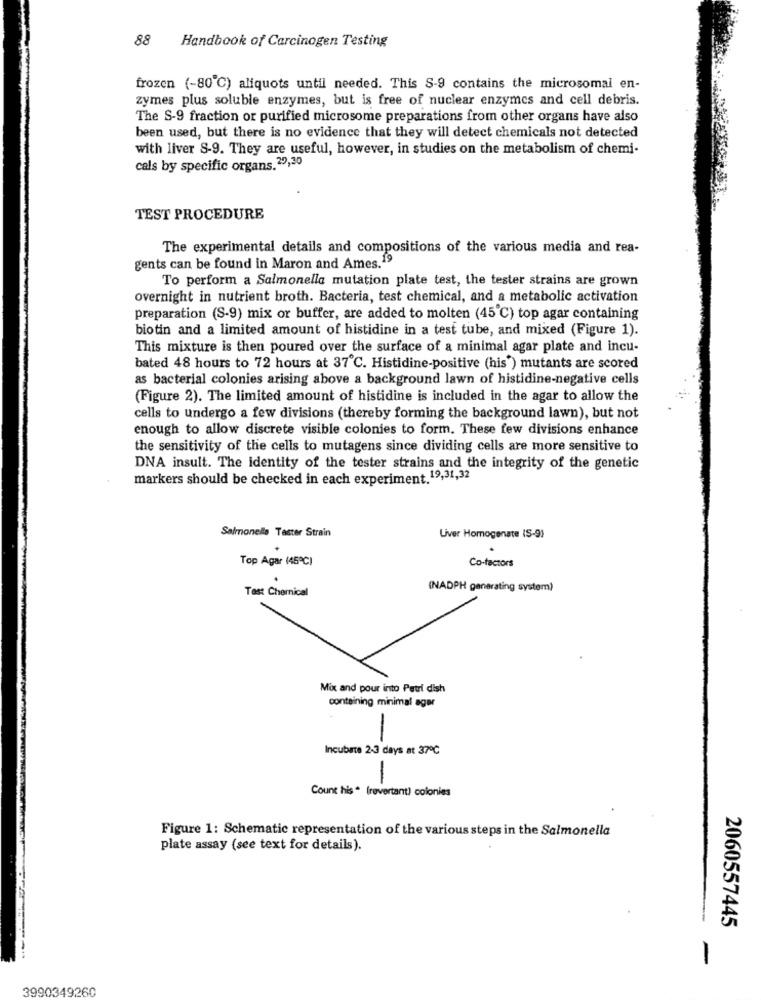
88
Handbook of Carcinogen Testing
frozen (-80℃) aliquots until needed. This S-9 contains the microsomal en-
zymes plus soluble enzymes, but is free of nuclear enzymes and cell debris.
The S-9 fraction or purified microsome preparations from other organs have also
been used, but there is no evidence that they will detect chemicals not detected
with liver S-9. They are useful, however, in studies on the metabolism of chemi-
cals by specific organs.29,30
TEST PROCEDURE
The experimental details and compositions of the various media and rea-
gents can be found in Maron and Ames.19
To perform a Salmonella mutation plate test, the tester strains are grown
overnight in nutrient broth. Bacteria, test chemical, and a metabolic activation
preparation (S-9) mix or buffer, are added to molten (45 ℃) top agar containing
biotin and a limited amount of histidine in a test tube, and mixed (Figure 1).
This mixture is then poured over the surface of a minimal agar plate and incu-
bated 48 hours to 72 hours at 37'℃. Histidine-positive (his ) mutants are scored
as bacterial colonies arising above a background lawn of histidine-negative cells
(Figure 2). The limited amount of histidine is included in the agar to allow the
cells to undergo a few divisions (thereby forming the background lawn), but not
enough to allow discrete visible colonies to form. These few divisions enhance
the sensitivity of the cells to mutagens since dividing cells are more sensitive to
DNA insult. The identity of the tester strains and the integrity of the genetic
markers should be checked in each experiment.19,31,32
Salmonella Taster Strain
Liver Homogenate (S-9)
Top Agar (45℃)
Co-factors
Test Chemical
(NADPH generating system)
Mix and pour into Petri dish
containing minimal ager
-
Incubate 2-3 days at 37℃
-
Count his * (revertant) colonies
Figure 1: Schematic representation of the various steps in the Salmonella
plate assay (see text for details).
2060557445
-
3990349260